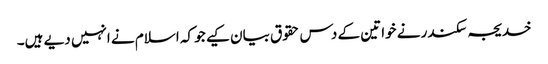
خدیجہ سکندر نے خواتین کے دس حقوق بیان کیے جو کہ اسلام نے انہیں دیے ہیں۔